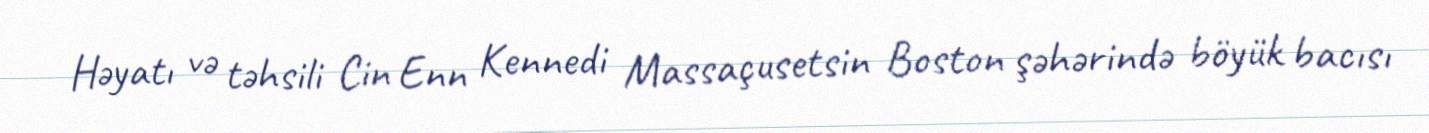
Həyatı və təhsili Cin Enn Kennedi Massaçusetsin Boston şəhərində böyük bacısı